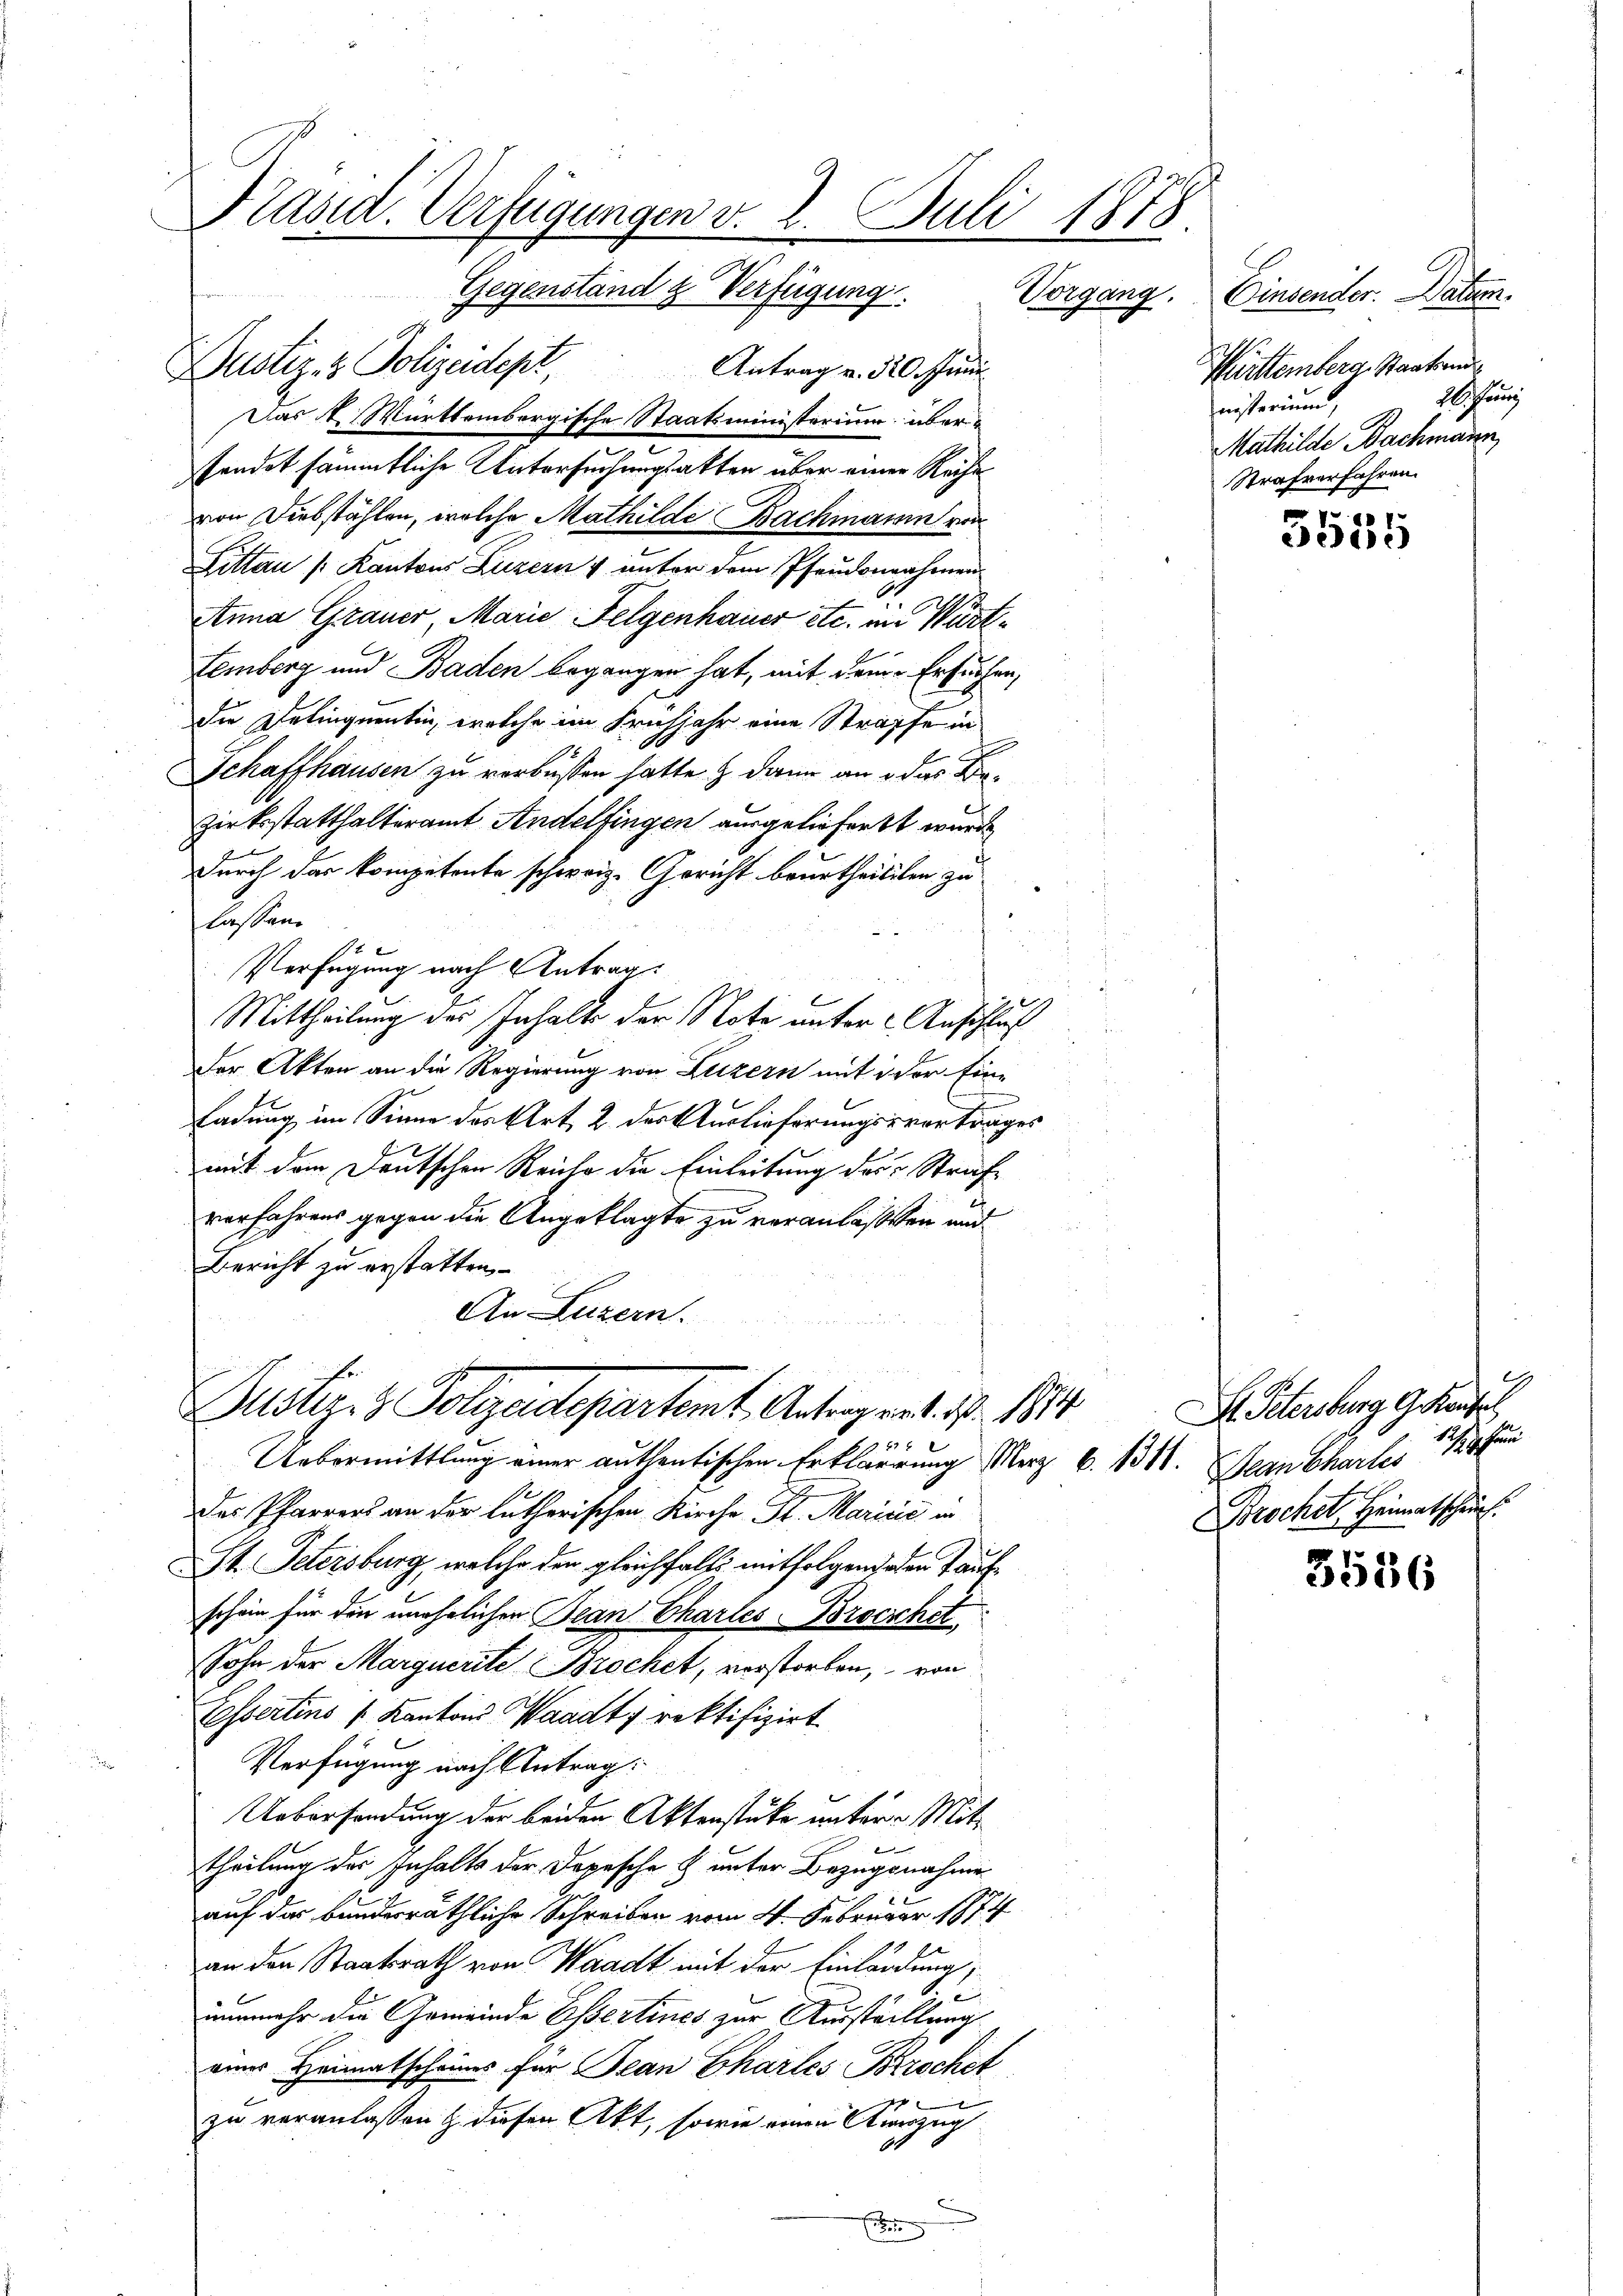
Präsid. Verfügungen v. 2. Juli 1878.

Gegenstand & Verfügung. Vorgang.
Dustiz- & Polizeidept
Antrag v. 320. Juni
Das K. Württembergische Staatsministerium übersendet sämmtliche Untersuchungsakten über einer Reihe
von Diebstählen, welche Mathilde Bachmann von
Littau [Kantons Luzern & unter dem Pfandonnahmen
Anna Grauer, Marie Felgenhauer etc. im Würt¬
Lemberg und Baden begangen hat, mit dem Ersuchen,
die Delinquentin, welche im Frühjahr eine Straffe in
Schaffhausen zu verbüssen hatte & dann an das Bezirksstatthalteramt Andelfingen ausgeliefert wurde
durch das kompetente schweiz. Gericht beurtheiligen zu
lassen.
Verfügung nach Antrag
Mittheilung des Inhalte der Note unter Anschluß
Der Akten an die Regierung von Luzern mit der Ein¬
Ladung im Sinne des Art. 2 des Auslieferungsvortrages
mit dem Deutschen Reiche die Einleitung des Strafe
verfahrens gegen die Angeklagte zu veranlaßten und
Bericht zu erstatten.
An Luzern.

Justiz- & Polizeidepartamt Antragent. Nr. 184

Uebermittlung einer authentischen Erklärung Merz
des Pfarrers an der lutherischen Kirche Sr. Maričić in
St. Petersburg, welche den gleichfalls mitfolgend den Kaufschein für die unehelichen Bean Charles-Broeshet
Sohn der Marguerite Brochet, verstorben, von
Eossertins Kantons Waadt, rektifizirt
Verfügung nach Antrag:
Uebersendung der beiden Aktenstücke untere Mittheilung der Inhalts der Depesche & unter Bezugsnahme
auf der bunderräthliche Schreiben vom 4. Februar 1874
an den Staatsrath von Waadt mit der Einladung,
nunmehr die Gemeinde Essertines zur Ausstellung
eines Heimatscheines für Jean Chartes Brochet
zu veranlassen & diesen Akt, sowie einen Vierzug
14
J

Einsender. Datum.
Mittemberg. Staatsende
Fehung
nisterium,
Mathilde Bachmann
Strafverfahren.

7 x

b. 1811.

p
355

9
Bl. Petersburg Greute
Jean Chartes un
Brochet, Heimatschau

3536